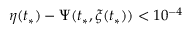
\eta ( t _ { * } ) - \Psi ( t _ { * } , \xi ( t _ { * } ) ) < 1 0 ^ { - 4 }